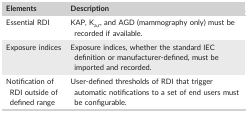
<table><thead><tr><td><b>Elements</b></td><td><b>Description</b></td></tr></thead><tbody><tr><td>Essential RDI</td><td>KAP, K<sub>a,r</sub>, and AGD (mammography only) must be recorded if available.</td></tr><tr><td>Exposure indices</td><td>Exposure indices, whether the standard IEC definition or manufacturer‐defined, must be imported and recorded.</td></tr><tr><td>Notification of RDI outside of defined range</td><td>User‐defined thresholds of RDI that trigger automatic notifications to a set of end users must be configurable.</td></tr></tbody></table>